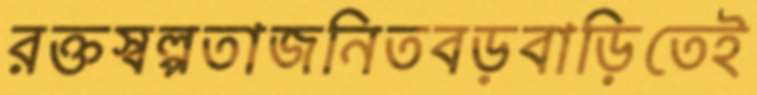
রক্তস্বল্পতাজনিতবড়বাড়িতেই